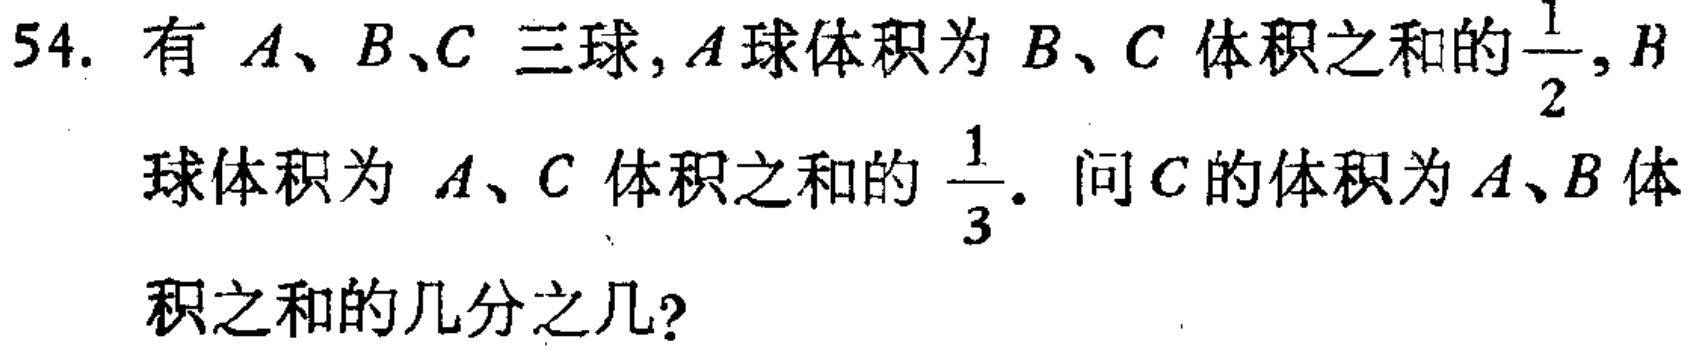
54. 有 \(A、B、C\) 三球, \(A\) 球体积为 \(B、C\) 体积之和的\(\frac{1}{2}\), \(B\) 球体积为 \(A、C\) 体积之和的 \(\frac{1}{3}\). 问 \(C\) 的体积为 \(A、B\) 体积之和的几分之几?